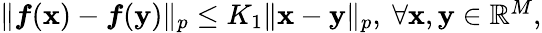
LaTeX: \begin{array}{r}{\| \boldsymbol{f}(\mathbf{x})-\boldsymbol{f}(\mathbf{y})\| _{p}\leq K_{1}\| \mathbf{x}-\mathbf{y}\| _{p},\ \forall\mathbf{x},\mathbf{y}\in\mathbb{R}^{M},}\end{array}